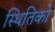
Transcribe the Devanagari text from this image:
स्थितिको